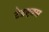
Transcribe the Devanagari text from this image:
टेडएक्स